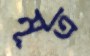
মূত্র